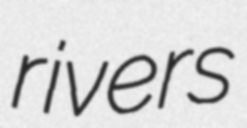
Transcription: rivers